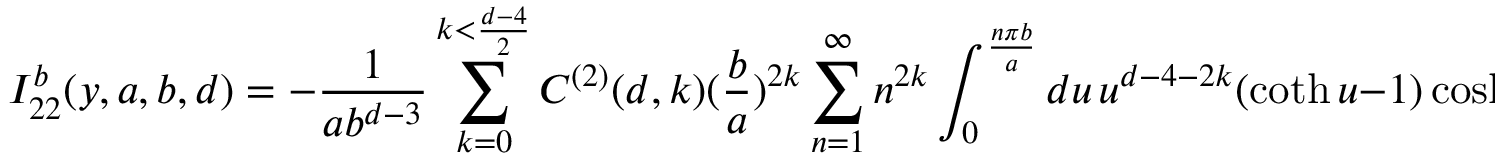
I _ { 2 2 } ^ { b } ( y , a , b , d ) = - \frac { 1 } { a b ^ { d - 3 } } \sum _ { k = 0 } ^ { k < \frac { d - 4 } { 2 } } C ^ { ( 2 ) } ( d , k ) ( \frac { b } { a } ) ^ { 2 k } \sum _ { n = 1 } ^ { \infty } n ^ { 2 k } \int _ { 0 } ^ { \frac { n \pi b } { a } } d u \, u ^ { d - 4 - 2 k } ( \coth u - 1 ) \cosh ( \frac { 2 u y } { b } ) .